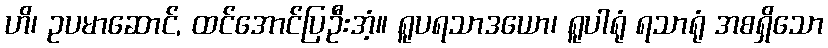
ဟိ၊ ဥပမာဆောင်, ထင်အောင်ပြဦးအံ့။ ရူပရသာဒယော၊ ရူပါရုံ ရသာရုံ အစရှိသော